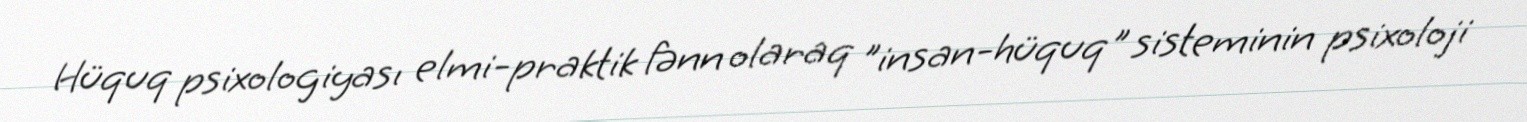
Hüquq psixologiyası elmi-praktik fənn olaraq "insan-hüquq" sisteminin psixoloji